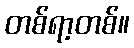
တစ်ရာ့တစ်။